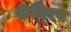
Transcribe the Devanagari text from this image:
केंदि्रय